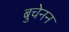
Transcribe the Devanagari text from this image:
बुचेनन